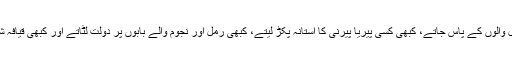
سیانے بابے کبھی طوطا فال والوں کے پاس جاتے، کبھی کسی پیریا پیرنی کا آستانہ پکڑ لیتے، کبھی رمل اور نجوم والے بابوں پر دولت لٹاتے اور کبھی قیافہ شناسوں کے ہاتھ گرم کرتے۔